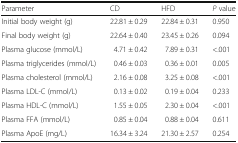
<table><thead><tr><td><b>Parameter</b></td><td><b>CD</b></td><td><b>HFD</b></td><td><b><i>P</i> value</b></td></tr></thead><tbody><tr><td>Initial body weight (g)</td><td>22.81 ± 0.29</td><td>22.84 ± 0.31</td><td>0.950</td></tr><tr><td>Final body weight (g)</td><td>22.64 ± 0.40</td><td>23.45 ± 0.26</td><td>0.094</td></tr><tr><td>Plasma glucose (mmol/L)</td><td>4.71 ± 0.42</td><td>7.89 ± 0.31</td><td>&lt;.001</td></tr><tr><td>Plasma triglycerides (mmol/L)</td><td>0.46 ± 0.03</td><td>0.36 ± 0.01</td><td>0.005</td></tr><tr><td>Plasma cholesterol (mmol/L)</td><td>2.16 ± 0.08</td><td>3.25 ± 0.08</td><td>&lt;.001</td></tr><tr><td>Plasma LDL-C (mmol/L)</td><td>0.13 ± 0.02</td><td>0.19 ± 0.04</td><td>0.233</td></tr><tr><td>Plasma HDL-C (mmol/L)</td><td>1.55 ± 0.05</td><td>2.30 ± 0.04</td><td>&lt;.001</td></tr><tr><td>Plasma FFA (mmol/L)</td><td>0.85 ± 0.04</td><td>0.88 ± 0.04</td><td>0.611</td></tr><tr><td>Plasma ApoE (mg/L)</td><td>16.34 ± 3.24</td><td>21.30 ± 2.57</td><td>0.254</td></tr></tbody></table>